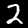
Label: 2